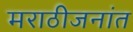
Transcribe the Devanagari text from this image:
मराठीजनांत